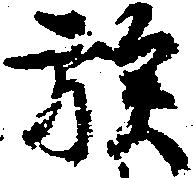
族